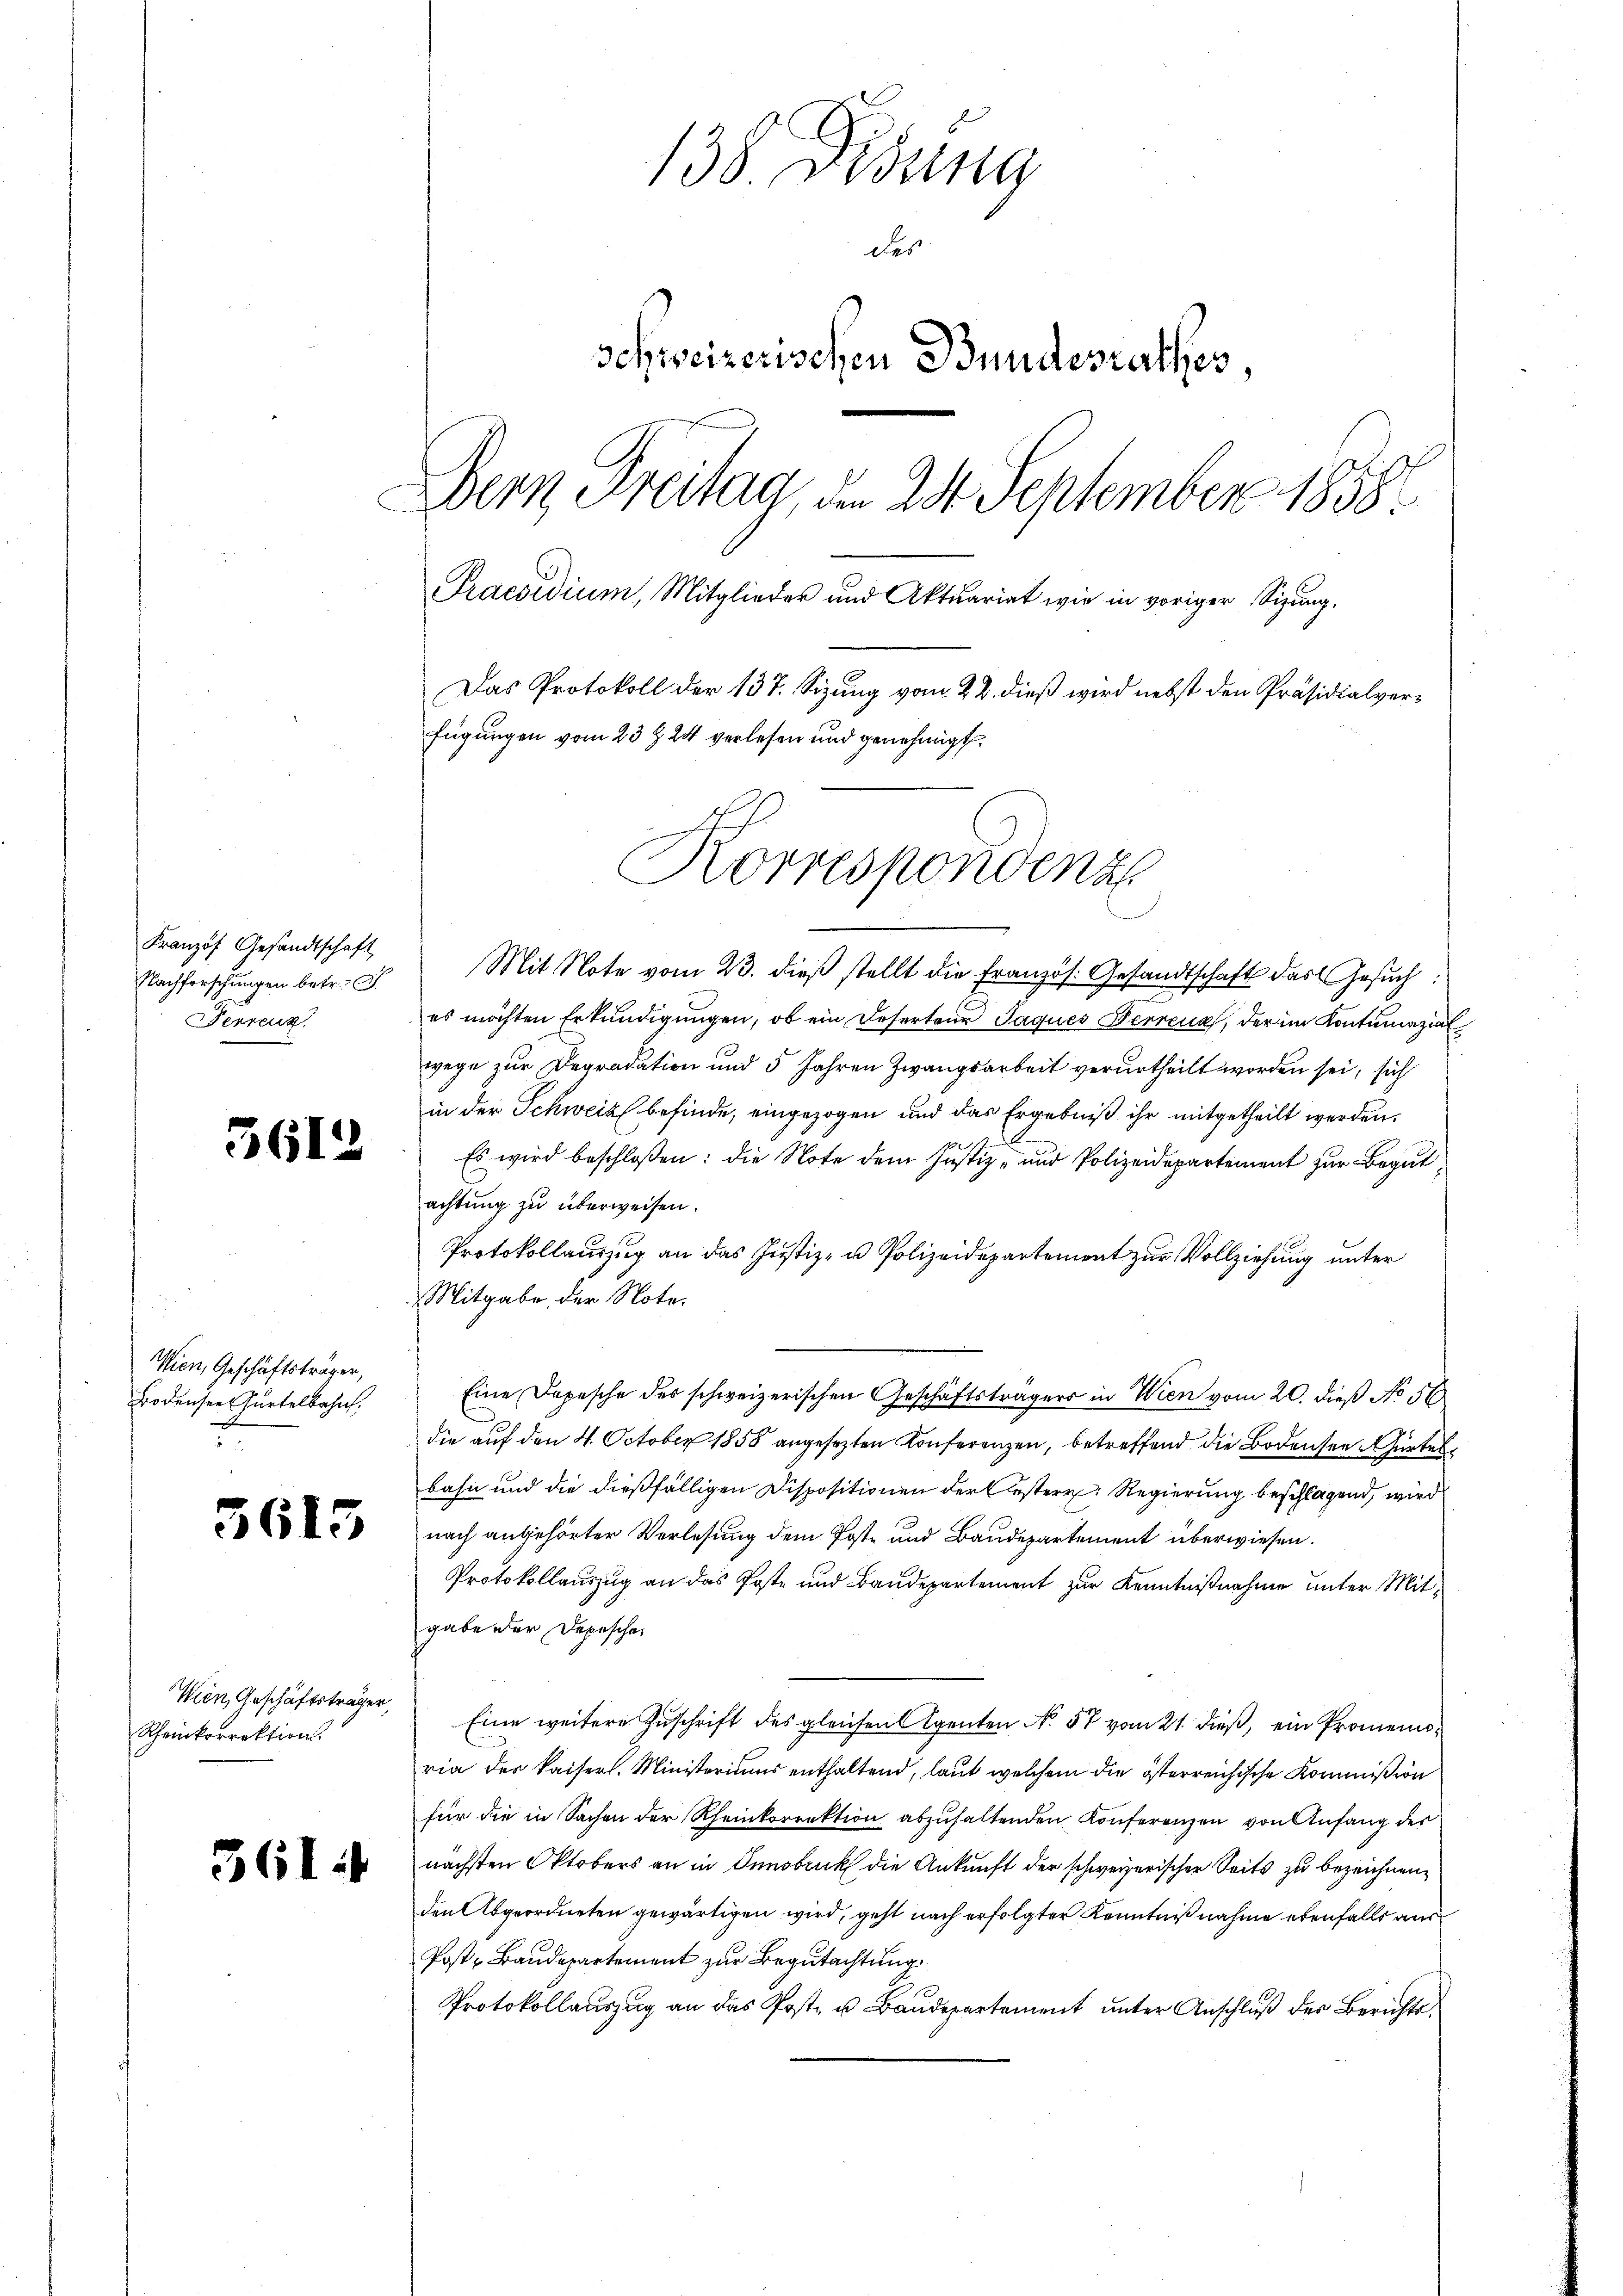
Franzof Gesandtschaft
Ferrenz

5612

Wien, Geschäftsträger,
Bodensee Kurtelbahn.
7

Wien, Geschäftsträger,
Rheinkorrektion.

361

138. Dedung
der
Schweizerischen Bundesrathes,
Dern Freitag, am 24. September 1858
Praesidium, Mitglieder und Aktuariat wie in voriger Sitzŭng.
Das Protokoll der 137. Sizung vom 22. dieß wird nebst den Präsidialverfügungen vom 23 t 24 verlesen und genehmigt.

E
Korrespondenz

Nachforschŭngen betr. 3. Mit Note vom 23. dieβ stellt die Französ. Gesandtschaft das Gesuch
es möchten Erkundigungen, ob ein Deserteur Jaques Ferrenz, der im Kontumazial
wege zur Degradation und 5 Jahren Zwangsarbeit verurtheilt worden sei, sich
in der Schweiz befinde, eingezogen und das Ergebniß ihr mitgetheilt werden.
f
Es wird beschloßen: die Note dem Justiz- und Polizeidepartement zur Begut
achtung zu überweisen.
Protokollauszug an das Justiz- u Polizeidepartement zur Vollziehung unter
Mitgabe der Note.
Eine Depesche des schweizerischen Geschäftsträgers in Wien vom 20. dieß No 56
die auf den 4. October 1858 angesezten Konferenzen, betreffend die Bodensen Gürtel
bahn und die dießfälligen Dispositionen der Oestern Regierung beschlagend, wird
 2 nach angehörter Verlesung dem Poste und Baŭdepartement überwiesen.
Protokollauszug an das Poste und Baudepartement zur Kenntnißnahme unter Mitgabe der Depesche
Eine weitere Zuschrift des gleichen Agenten No 57 vom 21. dieß, ein Promemoria der Kaiserl. Ministeriums enthaltend, laut welchem die österreichische Kommißion
für die in Sachen der Rheinkorrektion abzuhaltenden Konferenzen von Anfang der
nächsten Oktobers an in Innsbruck die Ankunft der schweizerischer Seits zu bezeichnen,
den Abgeordneten gewärtigen wird, geht nach erfolgter Kenntnißnahme ebenfalls aus
Post Baudepartement zur Begutachtung
Protokollauszug an das Post- u Baudepartement unter Anschluß der Berichts¬